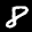
Label: 8